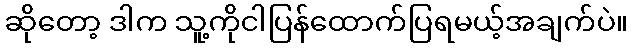
ဆိုတော့ ဒါက သူ့ကိုငါပြန်ထောက်ပြရမယ့်အချက်ပဲ။